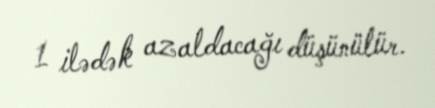
1 ilədək azaldacağı düşünülür.